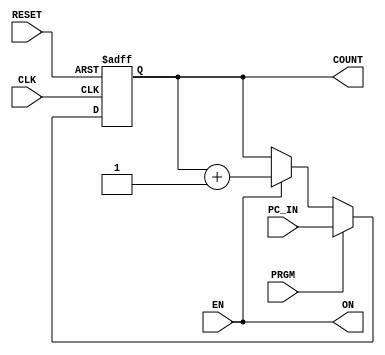
module ProgramCounter	(
	output		[3:0] COUNT,
	output 				ON,
	input 		[3:0]	PC_IN,
	input 				PRGM,
	input 				RESET,
	input 				EN,
	input 				CLK
);
								 
reg [3:0] COUNTER;

assign COUNT = COUNTER;
assign ON = EN;

always @(posedge CLK or posedge RESET)
begin
	if (RESET)
		COUNTER = 4'b0000;
	else if (PRGM)	
		COUNTER = PC_IN;
	else if (EN) 			
		COUNTER = COUNTER + 4'd1;	// Counting
end

endmodule